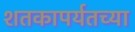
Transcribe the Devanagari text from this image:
शतकापर्यतच्या